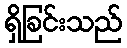
ရှိခြင်းသည်